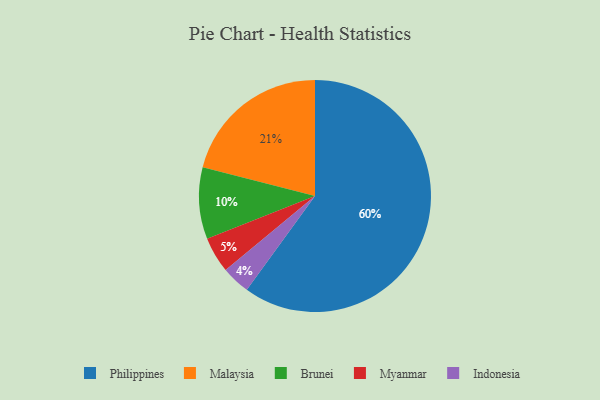
{"axis": {"x": "Category", "y": "Percentage"}, "legend": ["Brunei", "Indonesia", "Malaysia", "Myanmar", "Philippines"], "data": [{"x": "Brunei", "y": 10, "type": "Brunei"}, {"x": "Philippines", "y": 60, "type": "Philippines"}, {"x": "Malaysia", "y": 21, "type": "Malaysia"}, {"x": "Myanmar", "y": 5, "type": "Myanmar"}, {"x": "Indonesia", "y": 4, "type": "Indonesia"}]}